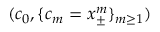
( c _ { 0 } , \{ c _ { m } = x _ { \pm } ^ { m } \} _ { m \ge 1 } )